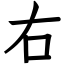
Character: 右